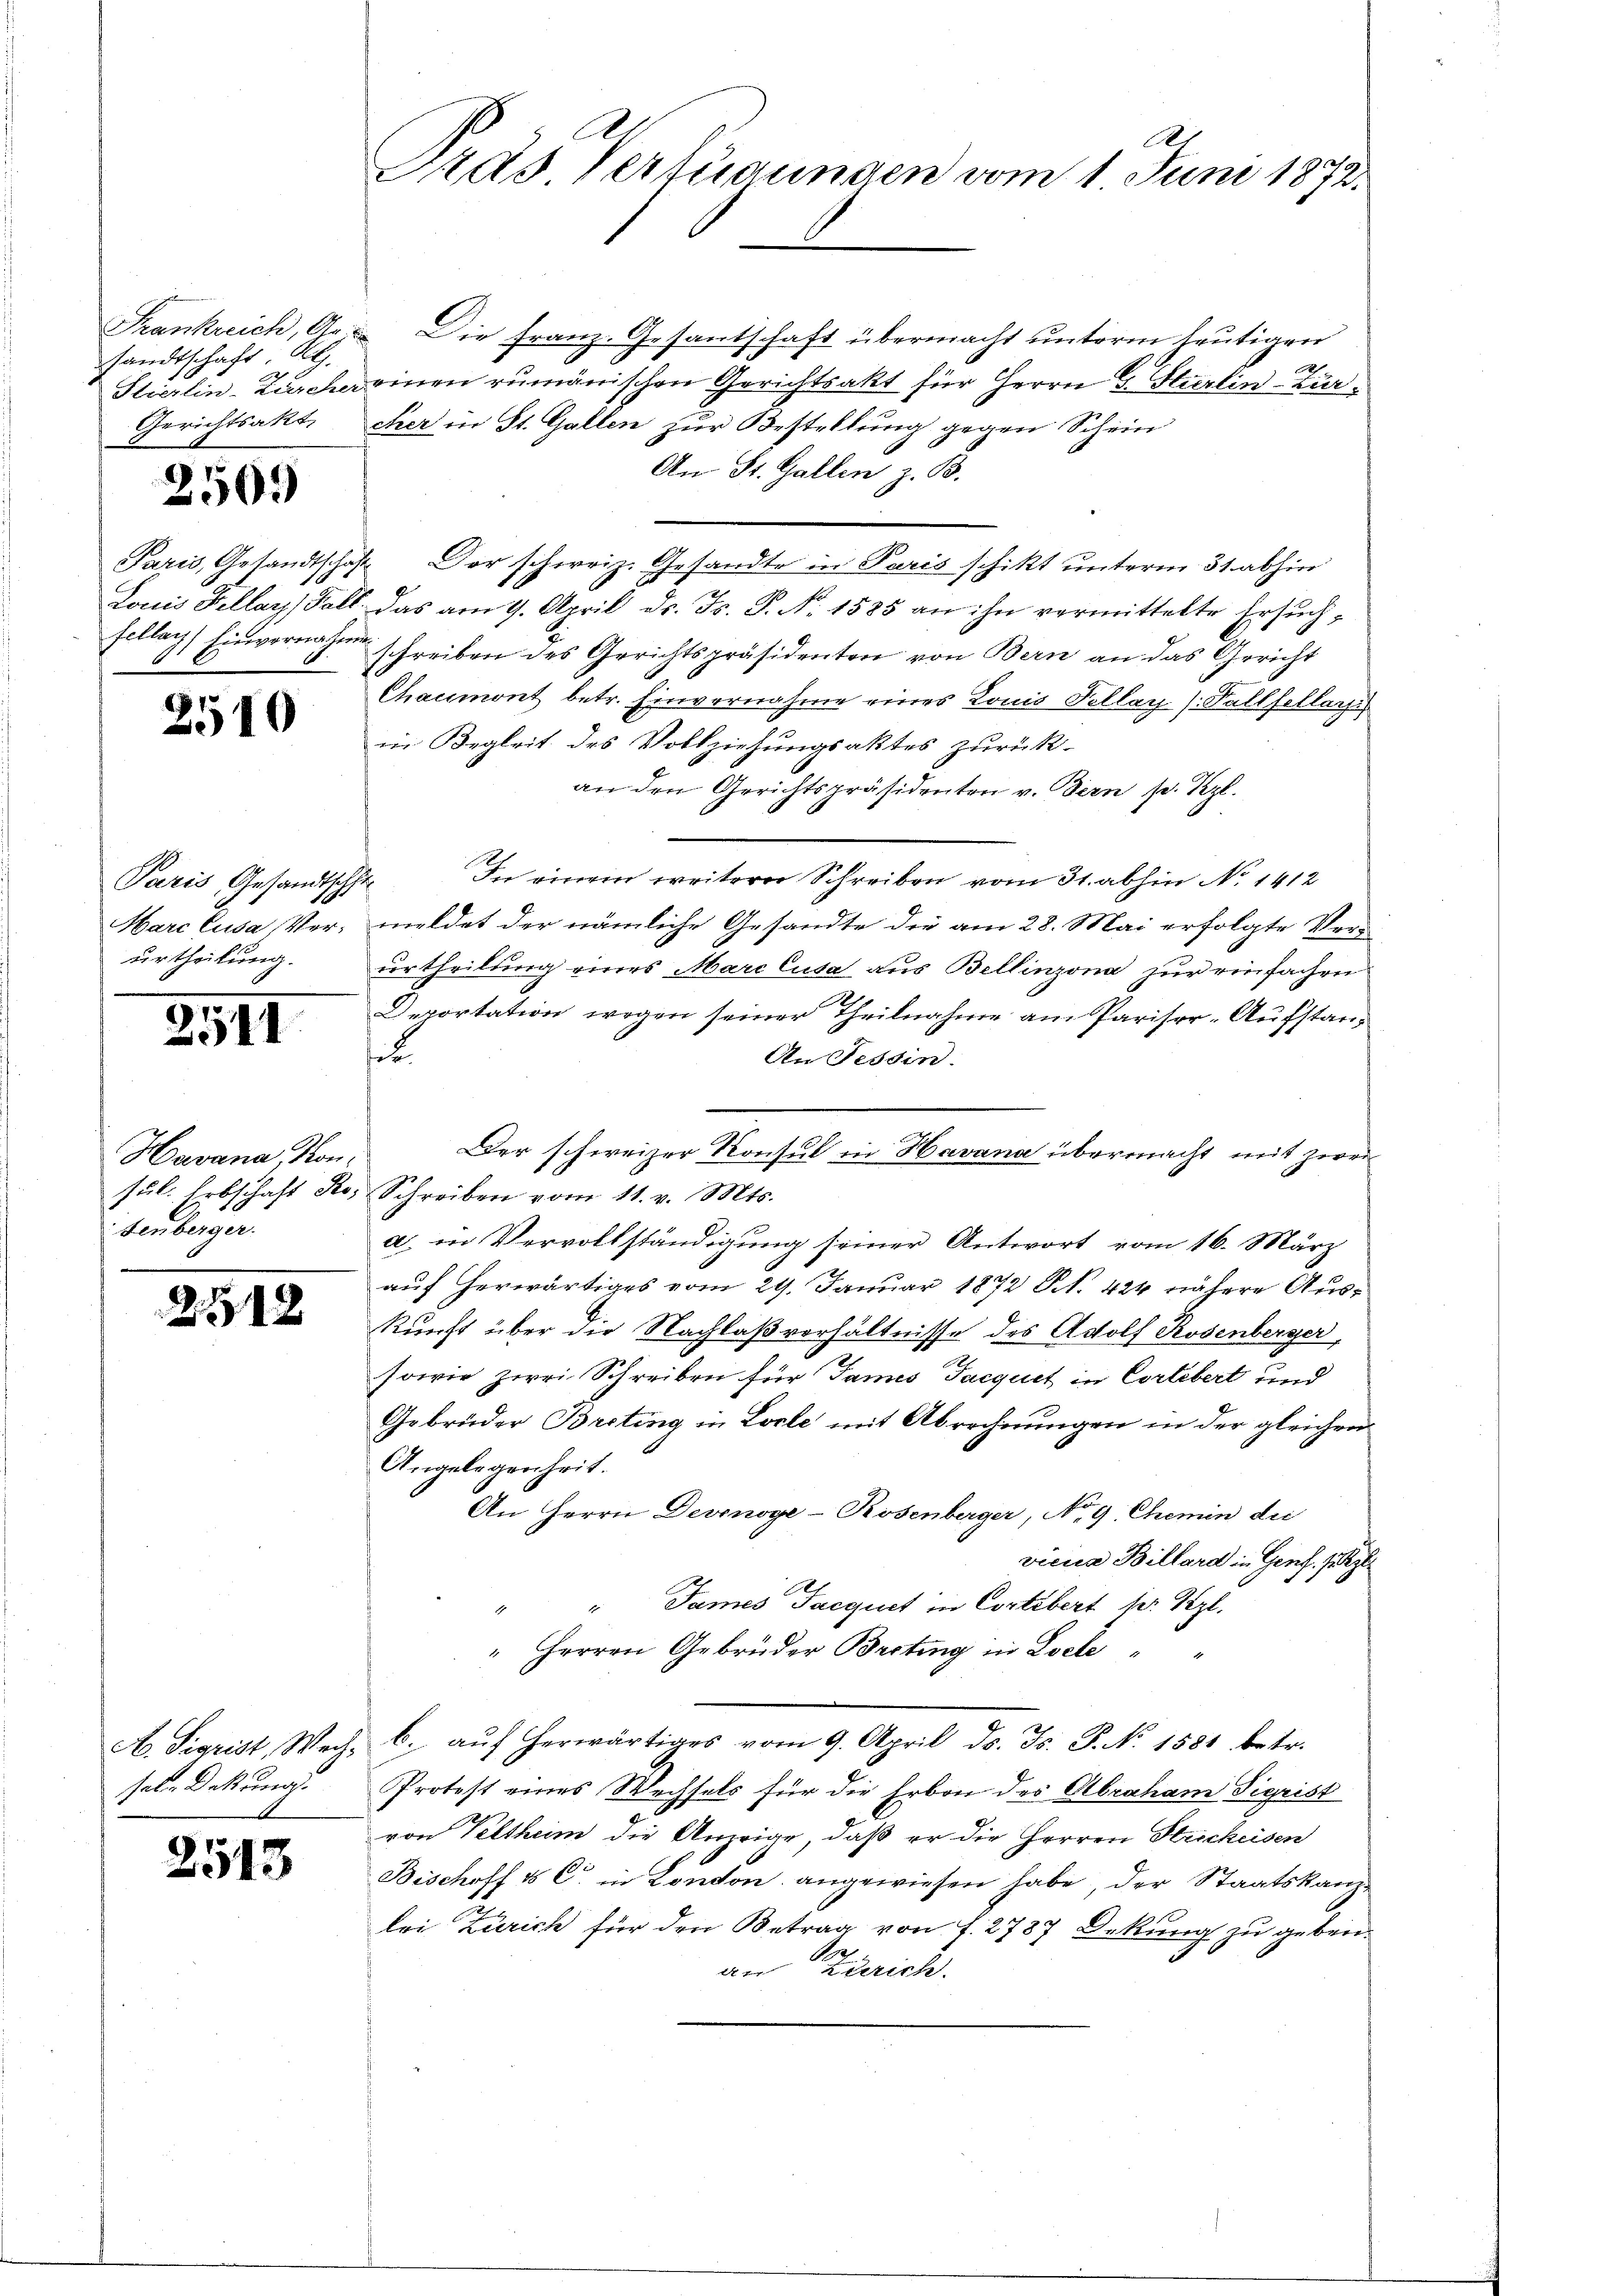
sandtschaft Al.
Gerichtsakt

2509

2510

Paris, Gesandtschft
urtheilung.

2511

Havana, Kontenberger.

2518

sale Deckung.

2513

Frankreich, A. Die Franz. Gesantschaft übermacht unterm heutigen
A
Stierlin-Zürcher einen rumänischen Gerichtsakt für Herrn C. Sturlin - Fürcher in St. Gallen zur Bestellung gegen Schein
An St. Gallen z. B.
Paris, Gesandtschaft. Der schweiz. Gesandte in Paris schikt unterm 31. abhin
Louis Fellar, Fall. Das am 9. April ds. Fs. P. Nr. 1585 an ihn vermittelte Ersuchscllags Einvernahme schreiben des Gerichtspräsidenten von Bern an das Gericht
Chaumont betr. Einvernahme eines Louis Pellay (Fallsellaris
in Begleit des Vollziehungsaktes zurück-
an den Gerichtspräsidenten v. Bern s. Kzl.
In einem weiterer Schreiben vom 31. abhin No 1412
Harc Cusa, Ver, meldet der nämliche Gesandte die am 28. Mai erfolgte Ver-
urtheilung eines Marclusa aus Bellinzona zur einfachen
Derortation wegen seiner Theilnahme am Pariser-Aufstan¬
u
An Tessin.
Der schweizer Konsul in Havana übermacht mit zwei
sŭl. Erbschaft Ro. Schreiben vom 11. v. Mts.
a) in Vervollständigung seiner Antwort vom 16. März
auf herwärtiges vom 29. Januar 1872 S. 424 nähere Auskunft über die Nachlaßverhältnisse des Adolf Rosenberger,
sowie zwei Schreiben für Tannes Jacquet in Cortebert und
Gebrüder Breting in Lorle mit Abrechnungen in der gleichen
Angelegenheit.
An Herrn Desinoge-Rosenberger, No. 9. Chemin dei
viene Billard in Genf. S
James Tacquet in Cortebert hr. Vgl.
" Herrrn Gebrüder Besting in Loche
A. Sigrist, Weg. 6. aŭf herwärtiges vom 9. April d. Js. P. Nr. 1581 betr.
Protest eines Wechsels für die Erben des Abraham Sigrist
von Veltheim die Anzeige, daß er die Herren Strickeisen
Bischoff & C. in Conton angewiesen habe, der Staatskanzlei Zürich für den Betrag von f. 2787 Orkung zu geben.
A
an Zürich.

e
Pas Verfügungen vom 1. Juni 1872.